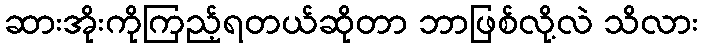
ဆားအိုးကိုကြည့်ရတယ်ဆိုတာ ဘာဖြစ်လို့လဲ သိလား